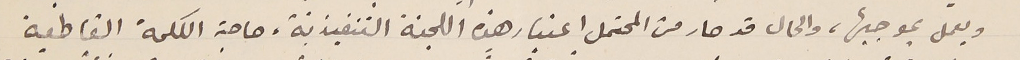
ويعمل بموجبها، والحال قد صار من المحتمل اعتبار هذه اللجنة التنفيذية، حاجة الكلمة القاطعة